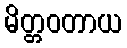
မိတ္တဝတာယ